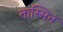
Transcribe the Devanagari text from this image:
तास्मिन